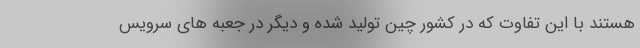
هستند با این تفاوت که در کشور چین تولید شده و دیگر در جعبه های سرویس